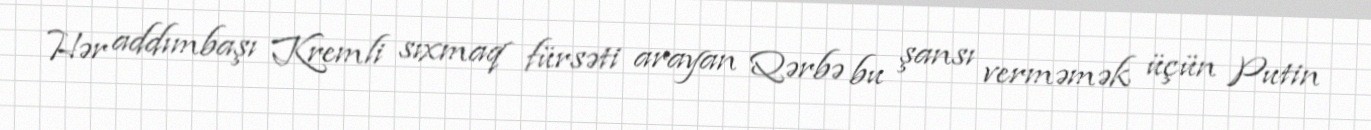
Hər addımbaşı Kremli sıxmaq fürsəti arayan Qərbə bu şansı verməmək üçün Putin